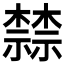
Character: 𬄷